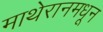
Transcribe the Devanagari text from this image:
माथेरानमधून